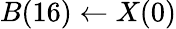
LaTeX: B(16)\leftarrow X(0)